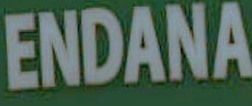
ENDANA